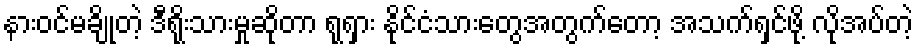
နားဝင်မချိုတဲ့ ဒီရိုးသားမှုဆိုတာ ရုရှား နိုင်ငံသားတွေအတွက်တော့ အသက်ရှင်ဖို့ လိုအပ်တဲ့